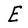
Character: E